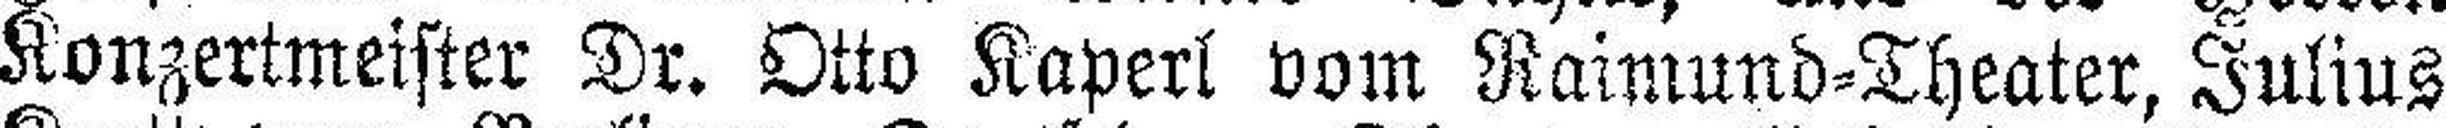
Konzertmeister Dr. Otto Kaperl vom Raimund=Theater, Julius